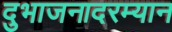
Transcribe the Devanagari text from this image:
दुभाजनादरम्यान